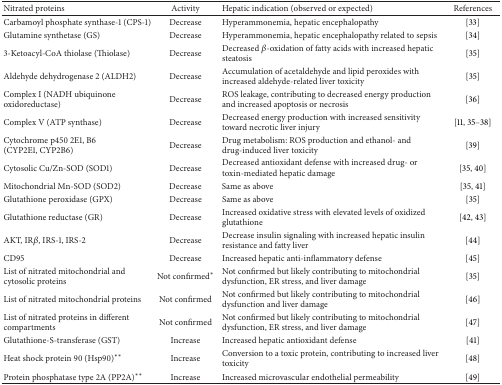
| Nitrated proteins | Activity | Hepatic indication (observed or expected) | References |
 | --- | --- | --- | --- |
 | Carbamoyl phosphate synthase-1 (CPS-1) | Decrease | Hyperammonemia, hepatic encephalopathy | [33] |
 | Glutamine synthetase (GS) | Decrease | Hyperammonemia, hepatic encephalopathy related to sepsis | [34] |
 | 3-Ketoacyl-CoA thiolase (Thiolase) | Decrease | Decreased β-oxidation of fatty acids with increased hepatic steatosis | [35] |
 | Aldehyde dehydrogenase 2 (ALDH2) | Decrease | Accumulation of acetaldehyde and lipid peroxides with increased aldehyde-related liver toxicity | [35] |
 | Complex I (NADH ubiquinone oxidoreductase) | Decrease | ROS leakage, contributing to decreased energy production and increased apoptosis or necrosis | [36] |
 | Complex V (ATP synthase) | Decrease | Decreased energy production with increased sensitivity toward necrotic liver injury | [11, 35–38] |
 | Cytochrome p450 2E1, B6 (CYP2E1, CYP2B6) | Decrease | Drug metabolism: ROS production and ethanol- and drug-induced liver toxicity | [39] |
 | Cytosolic Cu/Zn-SOD (SOD1) | Decrease | Decreased antioxidant defense with increased drug- or toxin-mediated hepatic damage | [35, 40] |
 | Mitochondrial Mn-SOD (SOD2) | Decrease | Same as above | [35, 41] |
 | Glutathione peroxidase (GPX) | Decrease | Same as above | [35] |
 | Glutathione reductase (GR) | Decrease | Increased oxidative stress with elevated levels of oxidized glutathione | [42, 43] |
 | AKT, IRβ, IRS-1, IRS-2 | Decrease | Decrease insulin signaling with increased hepatic insulin resistance and fatty liver | [44] |
 | CD95 | Decrease | Increased hepatic anti-inflammatory defense | [45] |
 | List of nitrated mitochondrial and cytosolic proteins | Not confirmed* | Not confirmed but likely contributing to mitochondrial dysfunction, ER stress, and liver damage | [35] |
 | List of nitrated mitochondrial proteins | Not confirmed | Not confirmed but likely contributing to mitochondrial dysfunction and liver damage | [46] |
 | List of nitrated proteins in different compartments | Not confirmed | Not confirmed but likely contributing to mitochondrial dysfunction, ER stress, and liver damage | [47] |
 | Glutathione-S-transferase (GST) | Increase | Increased hepatic antioxidant defense | [41] |
 | Heat shock protein 90 (Hsp90)** | Increase | Conversion to a toxic protein, contributing to increased liver toxicity | [48] |
 | Protein phosphatase type 2A (PP2A)** | Increase | Increased microvascular endothelial permeability | [49] |